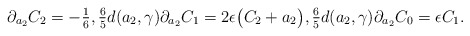
\begin{gather*} \partial_{a_2 }C_2 = -\tfrac{1}{6}, \tfrac{6}{5} d(a_2,\gamma) \partial_{a_2} C_1= 2 \epsilon \big(C_2 + a_2\big), \tfrac{6}{5} d(a_2,\gamma) \partial_{a_2 } C_0 = \epsilon C_1.\end{gather*}